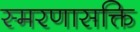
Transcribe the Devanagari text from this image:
स्मरणासक्ति